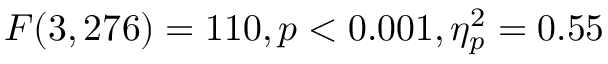
F ( 3 , 2 7 6 ) = 1 1 0 , p < 0 . 0 0 1 , \eta _ { p } ^ { 2 } = 0 . 5 5